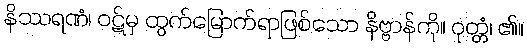
နိဿရဏံ၊ ဝဋ်မှ ထွက်မြောက်ရာဖြစ်သော နိဗ္ဗာန်ကို။ ဝုတ္တံ၊ ၏။